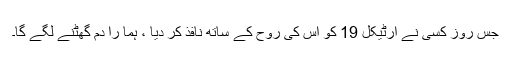
جس روز کسی نے آرٹیکل 19 کو اس کی روح کے ساتھ نافذ کر دیا ، ہما را دم گھٹنے لگے گا۔